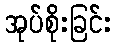
အုပ်စိုးခြင်း